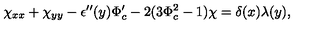
\chi _ { x x } + \chi _ { y y } - \epsilon ^ { \prime \prime } ( y ) \Phi _ { c } ^ { \prime } - 2 ( 3 \Phi _ { c } ^ { 2 } - 1 ) \chi = \delta ( x ) \lambda ( y ) ,